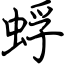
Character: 蜉